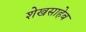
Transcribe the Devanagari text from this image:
शेखसाहेब